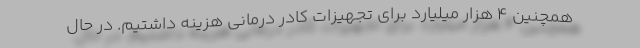
همچنین ۴ هزار میلیارد برای تجهیزات کادر درمانی هزینه داشتیم. در حال